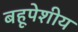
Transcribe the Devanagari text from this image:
बहूपेशीय